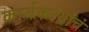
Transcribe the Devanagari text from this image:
कार्यकर्त्यांचं